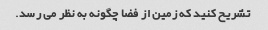
تشریح کنید که زمین از فضا چگونه به نظر می رسد.